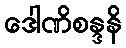
ဒေါဏိစန္ဒနိ